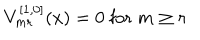
V _ { m r } ^ { [ 1 , 0 ] } ( x ) = 0 \; \mathrm { f o r } \; m \ge r